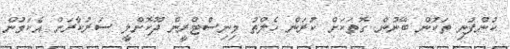
ކުންފުނި ތަކުން ބޭނުން ގޮތަކަށް ކުރަން ހެލްތު މިނިސްޓްރީން ދޫކޮށްލީ ސަރުކާރަށް އެކަމުން